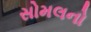
સોમલનો